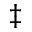
\ddagger